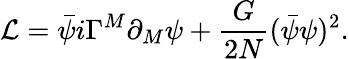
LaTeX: {\cal L}=\bar{\psi}i\Gamma^{M}\partial_{M}\psi+\frac{G}{2N}(\bar{\psi}\psi)^{2}.